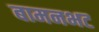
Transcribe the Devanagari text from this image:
बामनभट